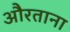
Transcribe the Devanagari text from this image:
औरताना